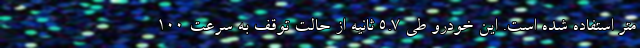
متر استفاده شده است. این خودرو طی 5.7 ثانیه از حالت توقف به سرعت 100